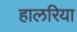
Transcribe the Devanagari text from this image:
हालरिया